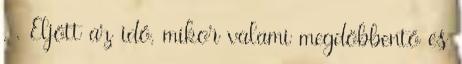
. . Eljött az idő, mikor valami megdöbbentő és